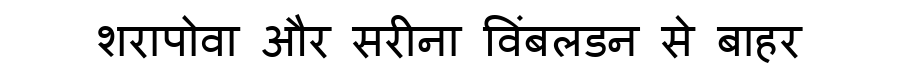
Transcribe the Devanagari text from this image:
शरापोवा और सरीना विंबलडन से बाहर